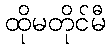
ထိုမတိုင်မီ